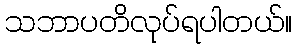
သဘာပတိလုပ်ရပါတယ်။